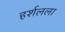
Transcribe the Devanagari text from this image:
हर्शलला